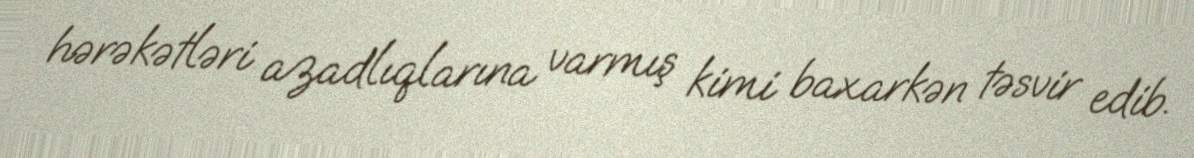
hərəkətləri azadlıqlarına varmış kimi baxarkən təsvir edib.